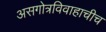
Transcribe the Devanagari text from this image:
असगोत्रविवाहाचीच